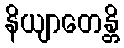
နိယျာတေန္တိ